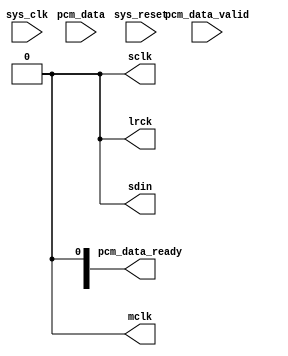
module i2s_controller #(
  parameter SYS_CLOCK_FREQ = 125_000_000,
  parameter LRCK_FREQ_HZ = 88_200,
  parameter MCLK_TO_LRCK_RATIO = 128,
  parameter BIT_DEPTH = 24
) (
  input sys_reset,
  input sys_clk,            // Source clock, from which others are derived

  input [BIT_DEPTH-1:0] pcm_data,
  input [1:0] pcm_data_valid,
  output reg [1:0] pcm_data_ready,

  // I2S control signals
  output mclk,              // Master clock for the I2S chip
  output sclk,
  output lrck,              // Left-right clock, which determines which channel each audio datum is sent to.
  output sdin               // Serial audio data.
);

  // USE YOUR IMPLEMENTATION FROM PREVIOUS LABS.

  assign sdin = 1'b0;
  assign sclk = 1'b0;
  assign mclk = 1'b0;
  assign lrck = 1'b0;

endmodule